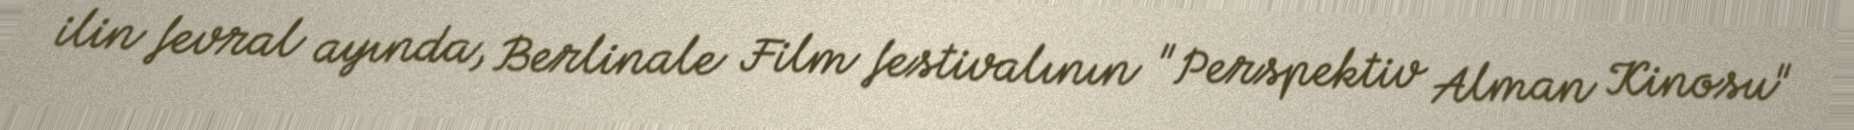
ilin fevral ayında, Berlinale Film festivalının "Perspektiv Alman Kinosu"